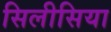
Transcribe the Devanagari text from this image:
सिलीसिया